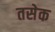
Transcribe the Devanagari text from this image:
तसेक